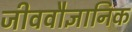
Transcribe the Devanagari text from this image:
जीववौज्ञानिक